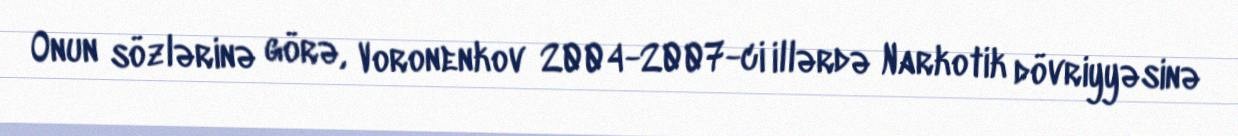
Onun sözlərinə görə, Voronenkov 2004-2007-ci illərdə Narkotik dövriyyəsinə